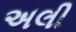
અલી